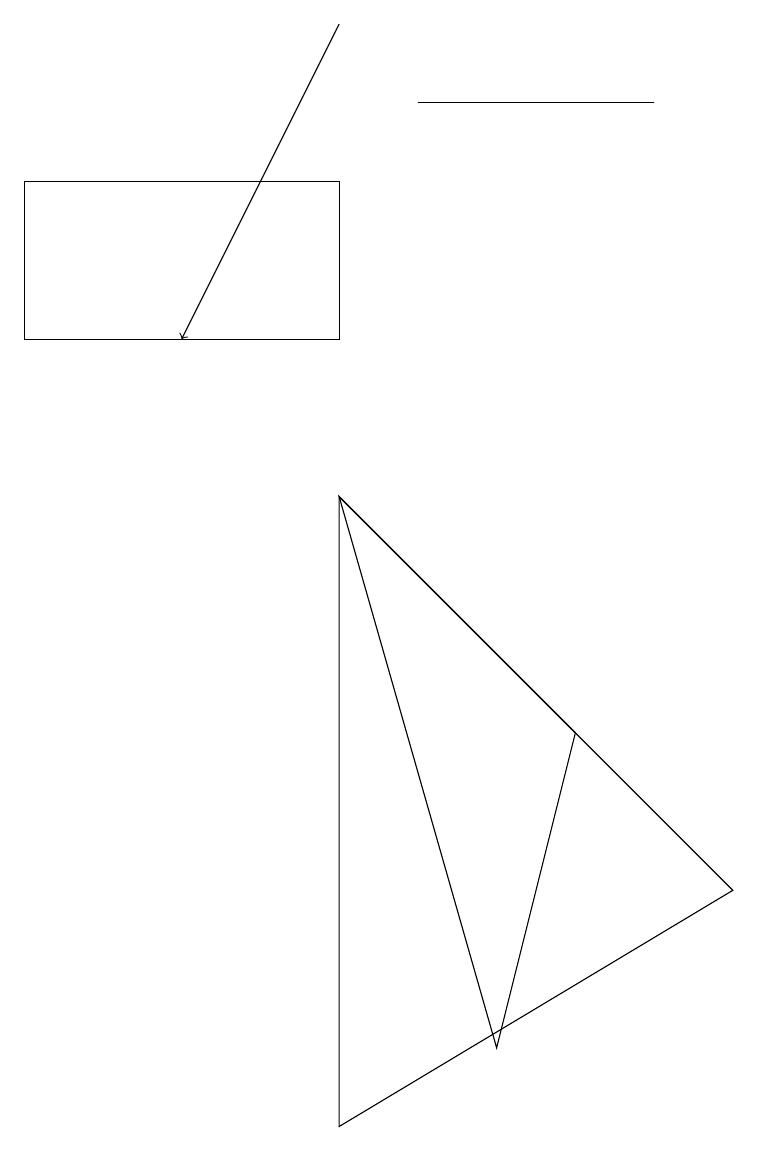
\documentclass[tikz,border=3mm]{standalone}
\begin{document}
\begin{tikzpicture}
\draw (4,11) rectangle (0,13);
\draw (8,14) rectangle (5,14);
\draw (4,9) -- (9,4) -- (4,1) -- cycle;
\draw (4,9) -- (7,6) -- (6,2) -- cycle;
\draw[->] (4,15) -- (2,11);
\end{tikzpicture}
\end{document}